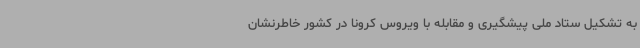
به تشکیل ستاد ملی پیشگیری و مقابله با ویروس کرونا در کشور خاطرنشان